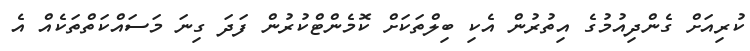
ކުރިއަށް ގެންދިއުމުގެ އިތުރުން އެކި ބިލްތަކަށް ކޮމެންޓްކުރުން ފަދަ ގިނަ މަސައްކަތްތަކެއް އެ